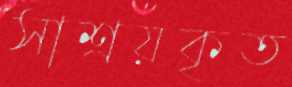
সাশ্রয়কৃত